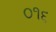
૦૧૬